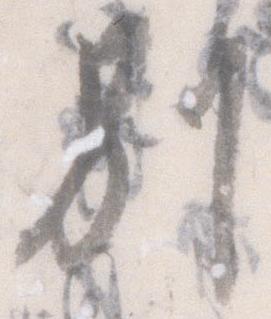
別